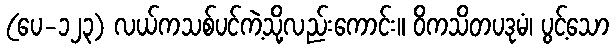
(ပေ-၁၂၃) လယ်ကသစ်ပင်ကဲ့သို့လည်းကောင်း။ ဝိကသိတပဒုမံ၊ ပွင့်သော